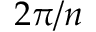
2 \pi / n